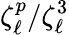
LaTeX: \zeta_{\ell}^{p}/\zeta_{\ell}^{3}